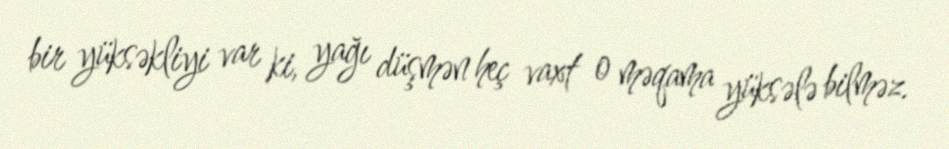
bir yüksəkliyi var ki, yağı düşmən heç vaxt o məqama yüksələ bilməz.